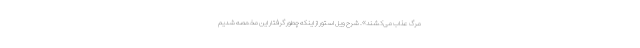
مرگ عذاب می‌کشند». شرح ویل استور از اینکه چطور گرفتار این مخمصه شدیم